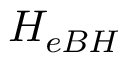
H _ { e B H }